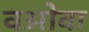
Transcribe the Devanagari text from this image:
वओवा